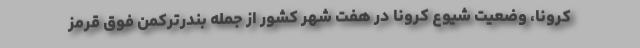
کرونا، وضعیت شیوع کرونا در هفت شهر کشور از جمله بندرترکمن فوق قرمز